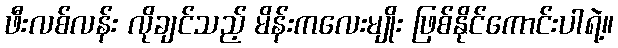
ဖီးလစ်လန်း လိုချင်သည့် မိန်းကလေးမျိုး ဖြစ်နိုင်ကောင်းပါရဲ့။